Document type: Inventory
Year: 1295
Scribe: Pere Marc
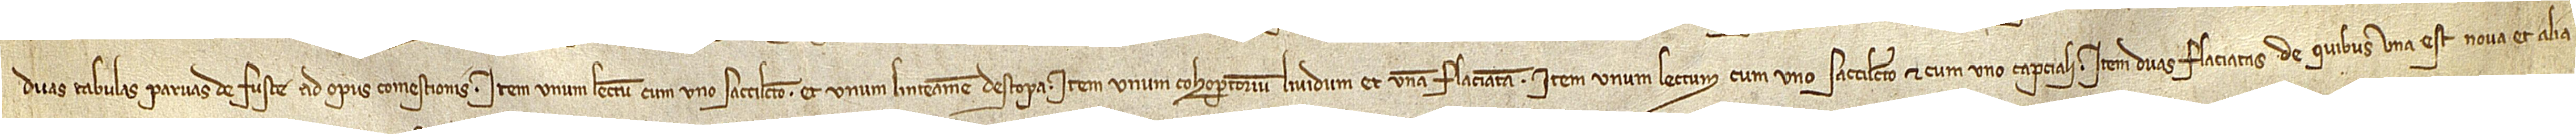
duas tabulas parvas de fuste ad opus comestionis; item, unum lectum cum uno saccilecto et unum linteamen d’estopa; item, unum cohopertorium lividum et unam flaciatam; item, unum lectum cum uno saccilecto et cum uno capciali; item, duas flaciatas, de quibus una est nova et alia